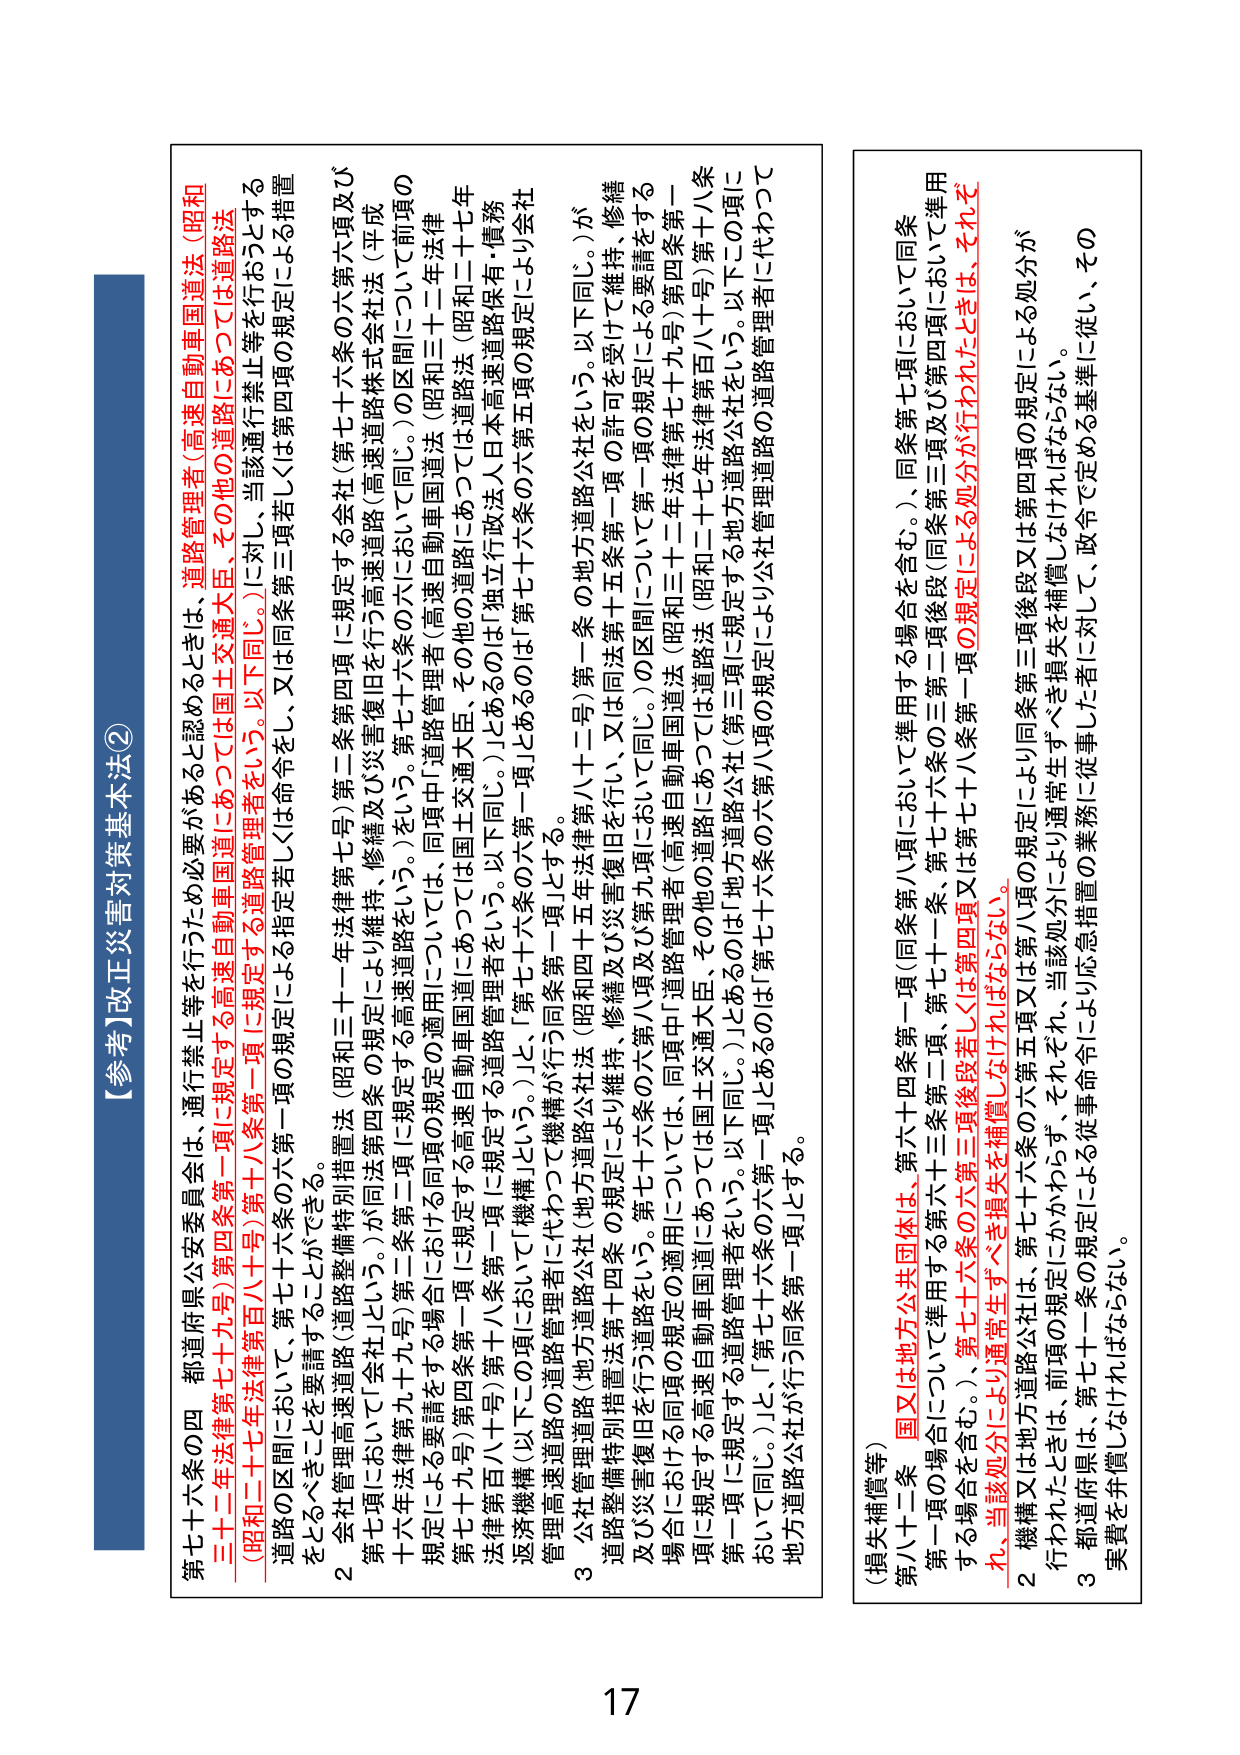
【参考】改正災害対策基本法②

第七十六条の四 都道府県公安委員会は、通行禁止等を行うために必要があると認めるときは、道路管理者（高速自動車国道法（昭和三十二年法律第七十九号）第四条第一項に規定する高速自動車国道にあっては国土交通大臣、その他の道路法（昭和二十七年法律第百八十号）第十八条第一項に規定する道路管理者をいう。以下同じ。）に対し、当該通行禁止等を行うおうとする道路の区間において、第七十六条の六第一項の規定による指定若しくは命令をし、又は同条第三項若しくは第四項の規定による措置をとるべきことを要請することができる。

２ 会社管理高速道路（道路整備特別措置法（昭和三十一年法律第七号）第二条第四項に規定する会社（第七十六条の六第六項及び第七項において「会社」という。）が同法第四条の規定により維持、修繕及び災害復旧を行う高速道路（高速道路株式会社（平成十六年法律第九十九号）第二条第二項に規定する高速道路をいう。第七十六条の六の区間において同じ。）の区間について前項の規定による要請をする場合における同項の適用については、同項中「道路管理者（高速自動車国道法（昭和三十二年法律第七十九号）第四条第一項に規定する高速自動車国道にあっては国土交通大臣、その他の道路法（昭和二十七年法律第百八十号）第十八条第一項に規定する道路管理者をいう。以下同じ。）」とあるのは「独立行政法人日本高速道路保有・債務返済機構（以下この項において「機構」という。）」と、「第七十六条の六第一項」とあるのは「第七十六条の六第五項の規定により会社管理高速道路の道路管理者に代わって機構が行う同条第一項」とする。

３ 公社管理道路（地方道路公社法（昭和四十五年法律第八十二号）第一条の地方道路公社をいう。以下同じ。）が、道路整備特別措置法第四条の規定により維持、修繕及び災害復旧を行い、又は同法第十五条第一項の許可を受けて維持、修繕及び災害復旧を行う道路をいう。第七十六条の六第六項及び第九項において同じ。）の区間について第一項の規定による要請をする場合における同項の適用については、同項中「道路管理者（高速自動車国道法（昭和三十二年法律第七十九号）第四条第一項に規定する高速自動車国道にあっては国土交通大臣、その他の道路法（昭和二十七年法律第百八十号）第十八条第一項に規定する道路管理者をいう。以下同じ。）」とあるのは「地方道路公社（地方道路公社法（昭和二十七年法律第百八十号）第三項に規定する地方管理道路の道路管理者に代わっておいて同じ。）」と、「第七十六条の六第一項」とあるのは「第七十六条の六第八項の規定により地方道路公社が行う同条第一項」とする。

（損失補償等）

第八十二条 国又は地方公共団体は、第六十四条第一項（同条第八項において準用する場合を含む。）、同条第七項において同条第一項の場合について準用する第六十三条第二項、第七十六条の三第二項後段（同条第三項及び第四項において準用する場合を含む。）、第七十六条の六第三項後段若しくは第四項又は第七十八条第一項の規定による処分が行われたときは、それれ、当該処分により通常生ずべき損失を補償しなければならない。

２ 機構又は地方道路公社は、第七十六条の六第五項又は第八項の規定により同条第三項後段又は第四項の規定による処分が行われたときは、前項の規定にかかわらず、それそれ、当該処分により通常生ずべき損失を補償しなければならない。

３ 都道府県は、第七十一条の規定による従事命令により応急措置の業務に従事した者に対して、政令で定める基準に従い、その実費を弁償しなければならない。

17